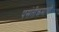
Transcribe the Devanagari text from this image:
पसंतीक्रमाची